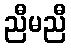
ညီမညီ